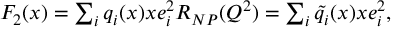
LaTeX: \begin{array} { c l c r } { { F _ { 2 } ( x ) = \sum _ { i } q _ { i } ( x ) x e _ { i } ^ { 2 } R _ { N P } ( Q ^ { 2 } ) = \sum _ { i } \tilde { q } _ { i } ( x ) x e _ { i } ^ { 2 } , } } \end{array}